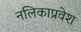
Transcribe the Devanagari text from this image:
नलिकाप्रवेश